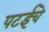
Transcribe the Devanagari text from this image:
पटईचे